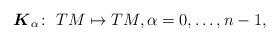
LaTeX: \begin{gather*} \boldsymbol{K}_\alpha\colon \ TM\mapsto TM ,\alpha=0,\ldots , n-1, \end{gather*}